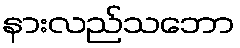
နားလည်သဘော